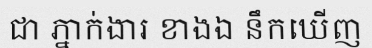
ជា ភ្នាក់ងារ ខាងឯ នឹកឃើញ